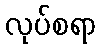
လုပ်စရာ